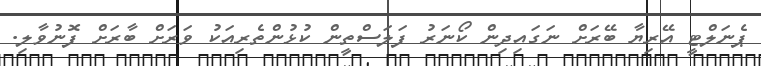
ޕެނަލްޓީ އޭރިޔާ ބޭރަށް ނަގައިދިން ކޯނަރު ފަލަސްތީން ކުޅުންތެރިއަކު ވަރަށް ބާރަށް ފޮނުވާލި.